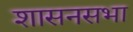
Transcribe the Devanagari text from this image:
शासनसभा